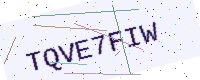
Text: TQVE7FIW